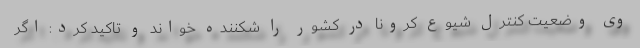
وی وضعیت کنترل شیوع کرونا در کشور را شکننده خواند و تاکید کرد: اگر